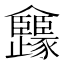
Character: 㒪